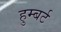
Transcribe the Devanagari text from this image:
हुम्बर्ट